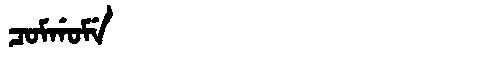
Manchu: ᠴᠣᠮᡤᠣᠮᡝ
Romanization: COMGOME